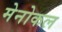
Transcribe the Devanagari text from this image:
मेनोकल